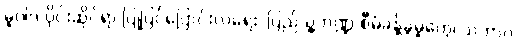
မူဝါဒ ပိုင်းဆိုင်ရာ ပြုပြင်ပြောင်းလဲရေး၊ ပြည်သူ့ဘဏ္ဍ စီမံခန့်ခွဲမှုတွေ၊ သဘာဝ